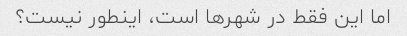
اما این فقط در شهرها است، اینطور نیست؟